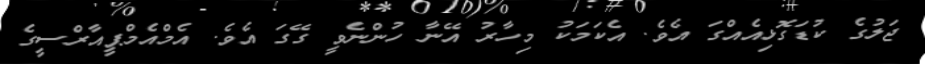
ޖަލުގެ ކުޑަގޮޅިއެއްގަ އެވެ. އެކަމަކު މިހާރު އޭނާ ހުންނެވީ ގޭގަ އެވެ. އެމްއެމްޕީއާރްސީގެ